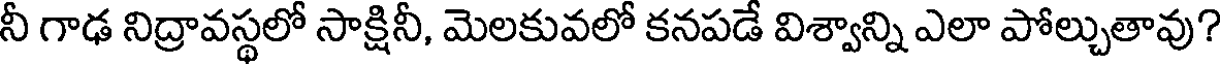
నీ గాఢ నిద్రావస్థలో సాక్షినీ, మెలకువలో కనపడే విశ్వాన్ని ఎలా పోల్చుతావు?